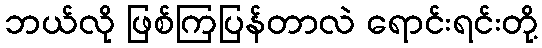
ဘယ်လို ဖြစ်ကြပြန်တာလဲ ရောင်းရင်းတို့